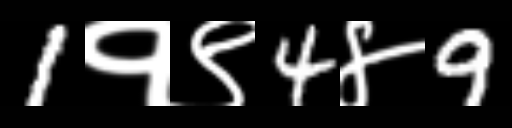
Text: 1१९4४9